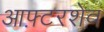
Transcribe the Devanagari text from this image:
आफ़्टरशेव